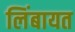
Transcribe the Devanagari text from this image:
लिंबायत